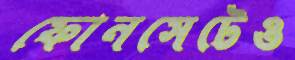
ফোনসেটেও